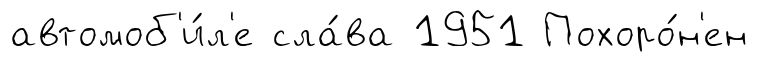
автомоб'и́л'е сла́ва 1951 Похоро́н'ен